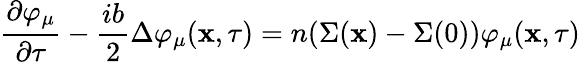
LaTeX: \frac{\partial\varphi_{\mu}}{\partial\tau}-\frac{ib}{2}\Delta\varphi_{\mu}({\mathbf x},\tau)=n(\Sigma({\mathbf x})-\Sigma(0))\varphi_{\mu}({\mathbf x},\tau)